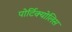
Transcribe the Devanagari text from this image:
पोर्टिक्योलिस